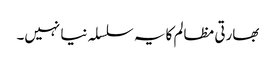
بھارتی مظالم کا یہ سلسلہ نیا نہیں۔